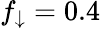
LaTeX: f_{\downarrow}=0.4